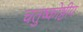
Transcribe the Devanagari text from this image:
चतुष्कोष्ठीय